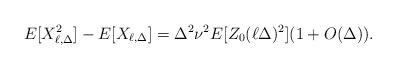
LaTeX: \begin{align*} E[X_{\ell,\Delta}^2] - E[X_{\ell,\Delta}] = \Delta^2 \nu^2 E[Z_0(\ell\Delta)^2](1+O(\Delta)). \end{align*}